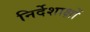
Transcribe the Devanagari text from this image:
निर्देशाक्षों